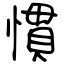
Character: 慣